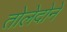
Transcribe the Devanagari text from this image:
तोलेदोने